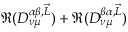
\Re ( D _ { \nu \mu } ^ { \alpha \beta , \vec { L } } ) + \Re ( D _ { \nu \mu } ^ { \beta \alpha , \vec { L } } )